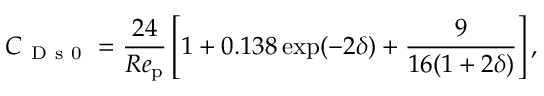
C _ { \mathrm { ~ D ~ s ~ 0 ~ } } = \frac { 2 4 } { R e _ { \mathrm { p } } } \left[ 1 + 0 . 1 3 8 \exp ( - 2 \delta ) + \frac { 9 } { 1 6 ( 1 + 2 \delta ) } \right] ,